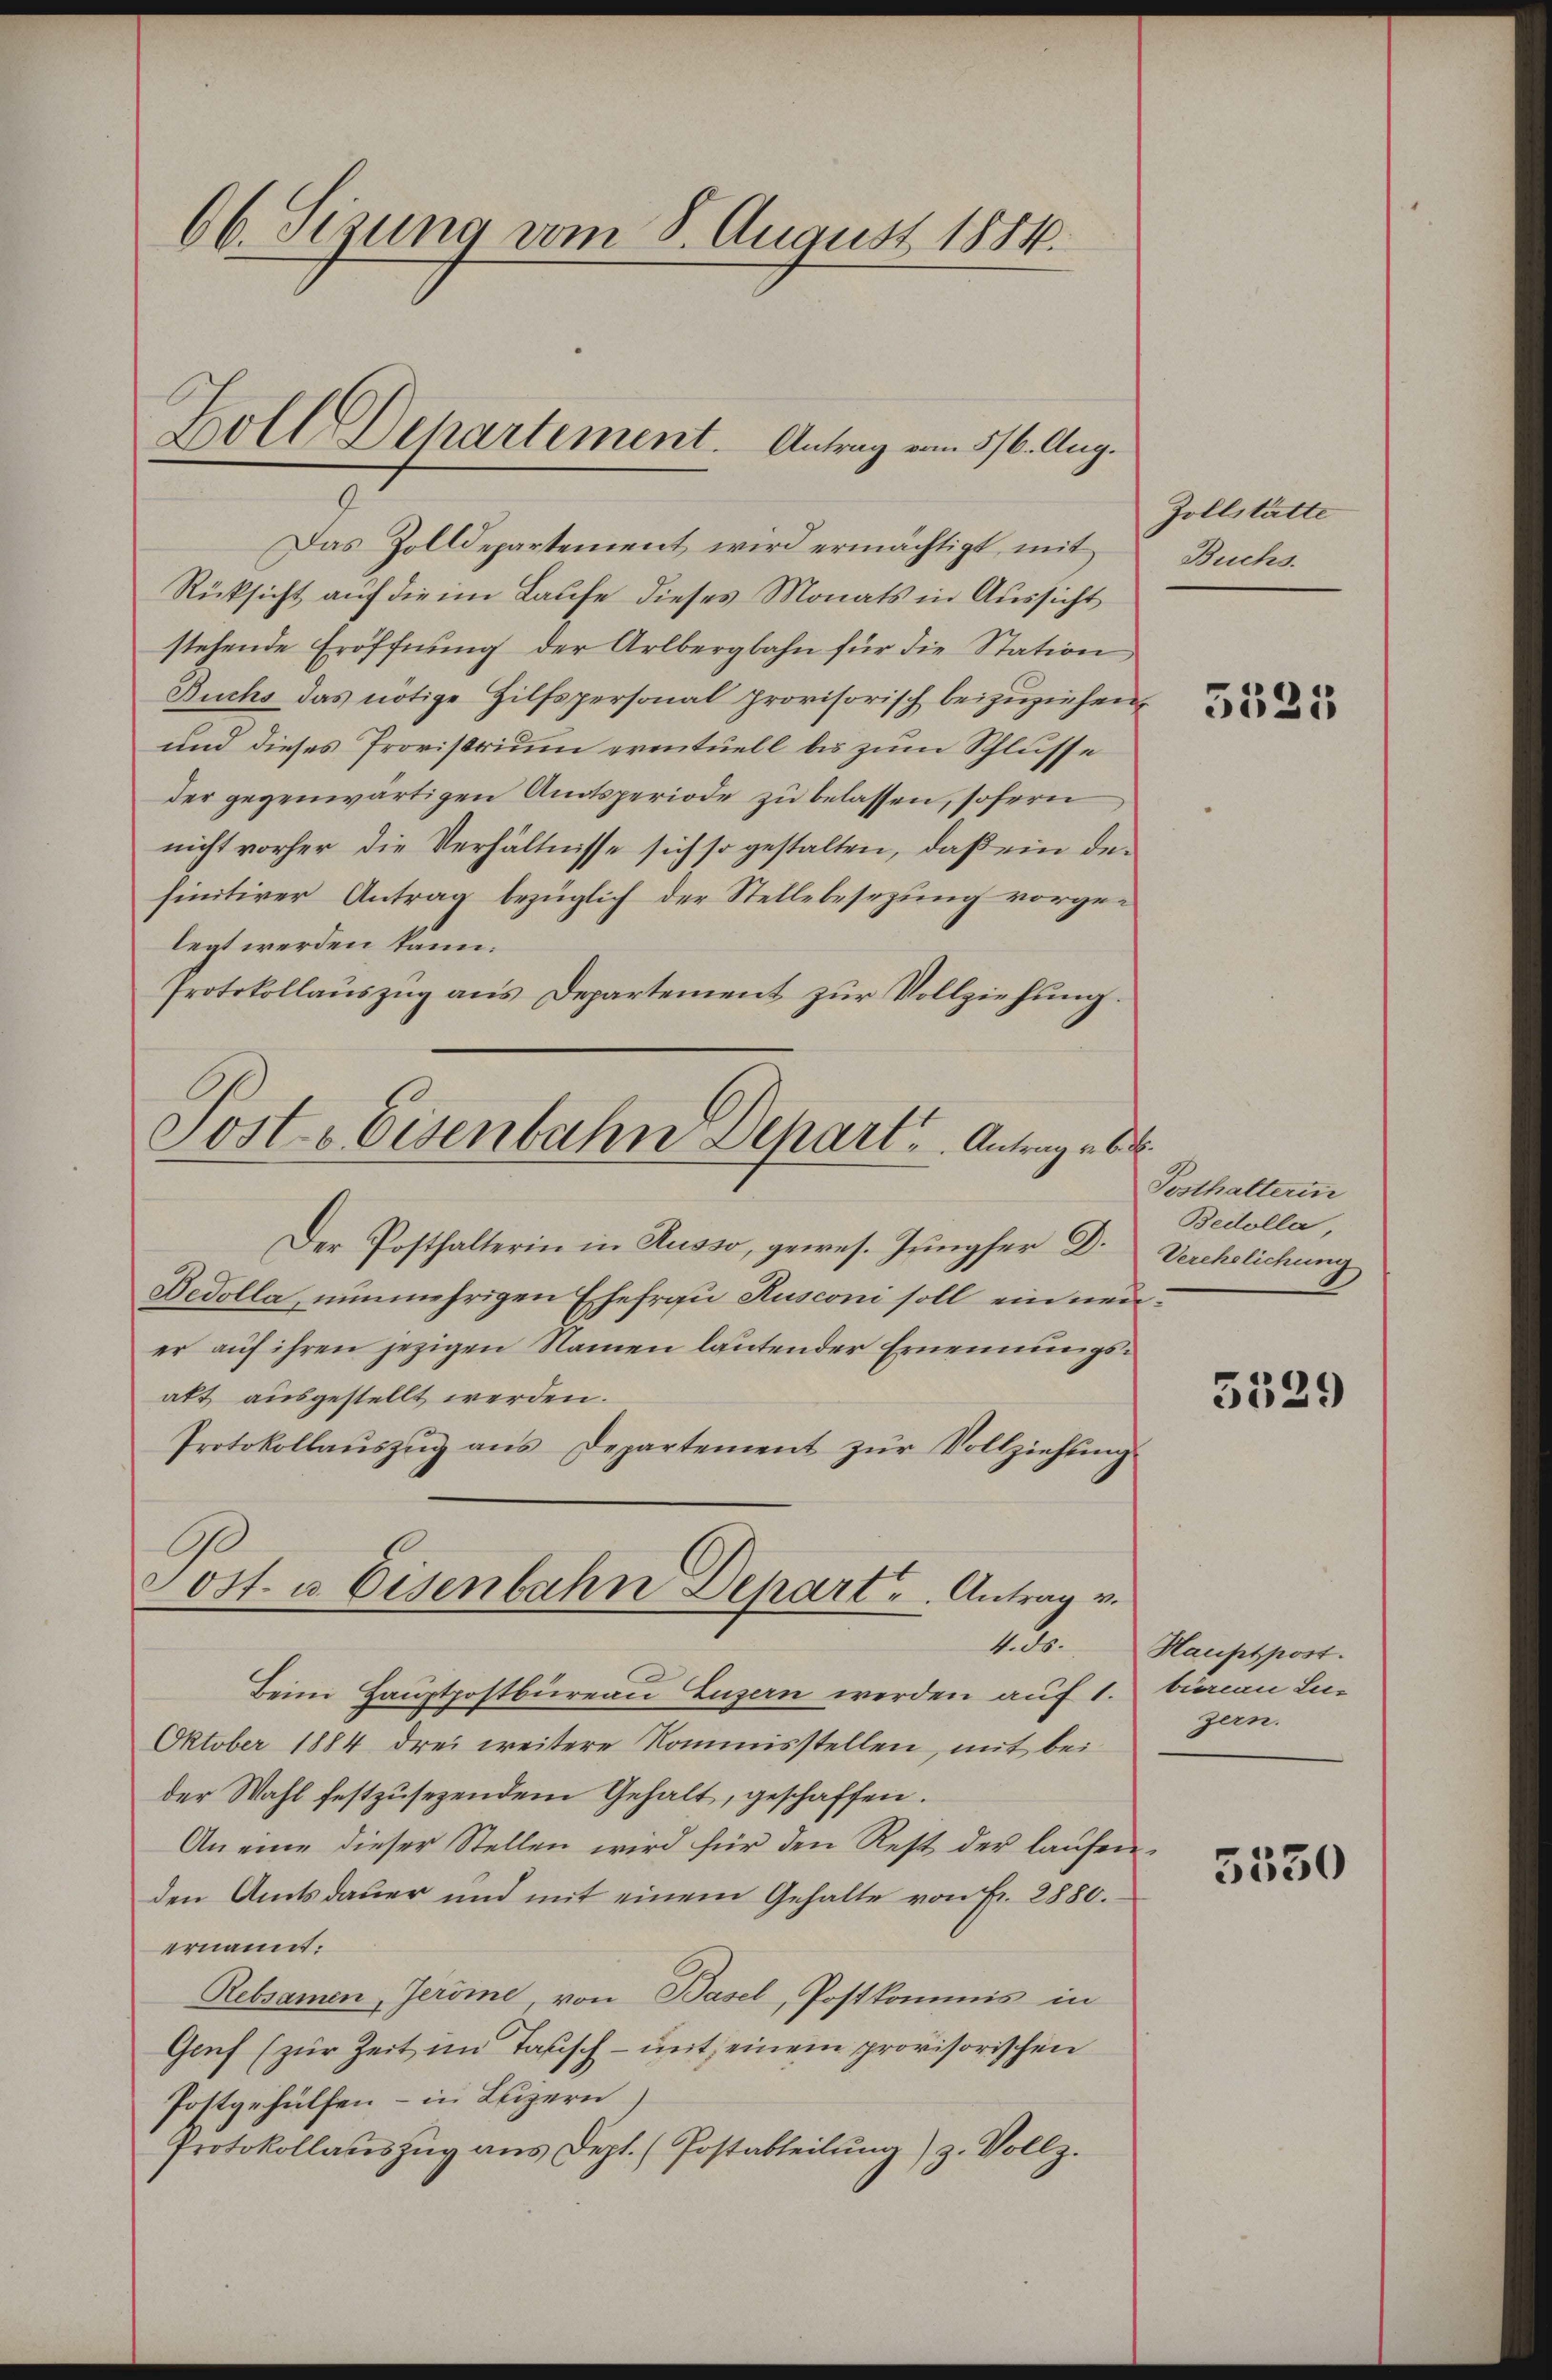
Das Zolldepartement wird ermächtigt, mit
Rücksicht auf die im Laufe dieses Monats in Aussicht
stehende Eröffnŭng der Arlbergbahn für die Station
Buchs das nötige Hilfspersonal provisorisch beizuziehen,
und dieses Provisorium eventuell bis zum Schlusse
der gegenwärtigen Amtsperiode zu belassen, sofern
nicht vorher die Verhältnisse sich so gestalten, daß ein definitiver Antrag bezüglich der Stellebesezung vorge-
legt werden kann.
Protokollauszug aus Departement zur Vollziehung.
Sosts Eisenbahn Dehart u. Antrag eb
Der Posthalterin in Husso, gewes. Jungfer Dr. Verehelichung
Bedolla, nunmehrigen Ehefrau Rusconi soll ein neuer auf ihren jezigen Namen lautender Ernennungsakt ausgestellt werden.
Protokollaŭszŭg ans Departement zŭr Vollziehŭng
Post u. Eisenbahn Depart. Antrag v.

66. Sizung vom 8. August 1884.

Holl Dehartement. Antrag vom 5/6. Aug.

18

Beim Hauptpostbureau Luzern werden auf 1. bierau Lu¬
Oktober 1884 drei weitere Kommisstellen, mit bei
der Wahl festzusezendem Gehalt, geschaffen.
An eine dieser Stellen wird für den Rest der laŭfen-
den Amtsdauer und mit einem Gehalte von Fr. 2880.
ernannt:
Rebsamen, Jeröme von Basel, Postkommis in
Genf (zur Zeit im Tausch - mit einem provisorischen
Postgehülfen – in Luzern)
Protokollauszug aus Dept. (Postabteilung) z. Vollz

Zollstatte
Buchs.

5525

Posthalterin
Bedolla,

5329

Hauptpost.
zern.

5550